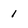
Character: 1